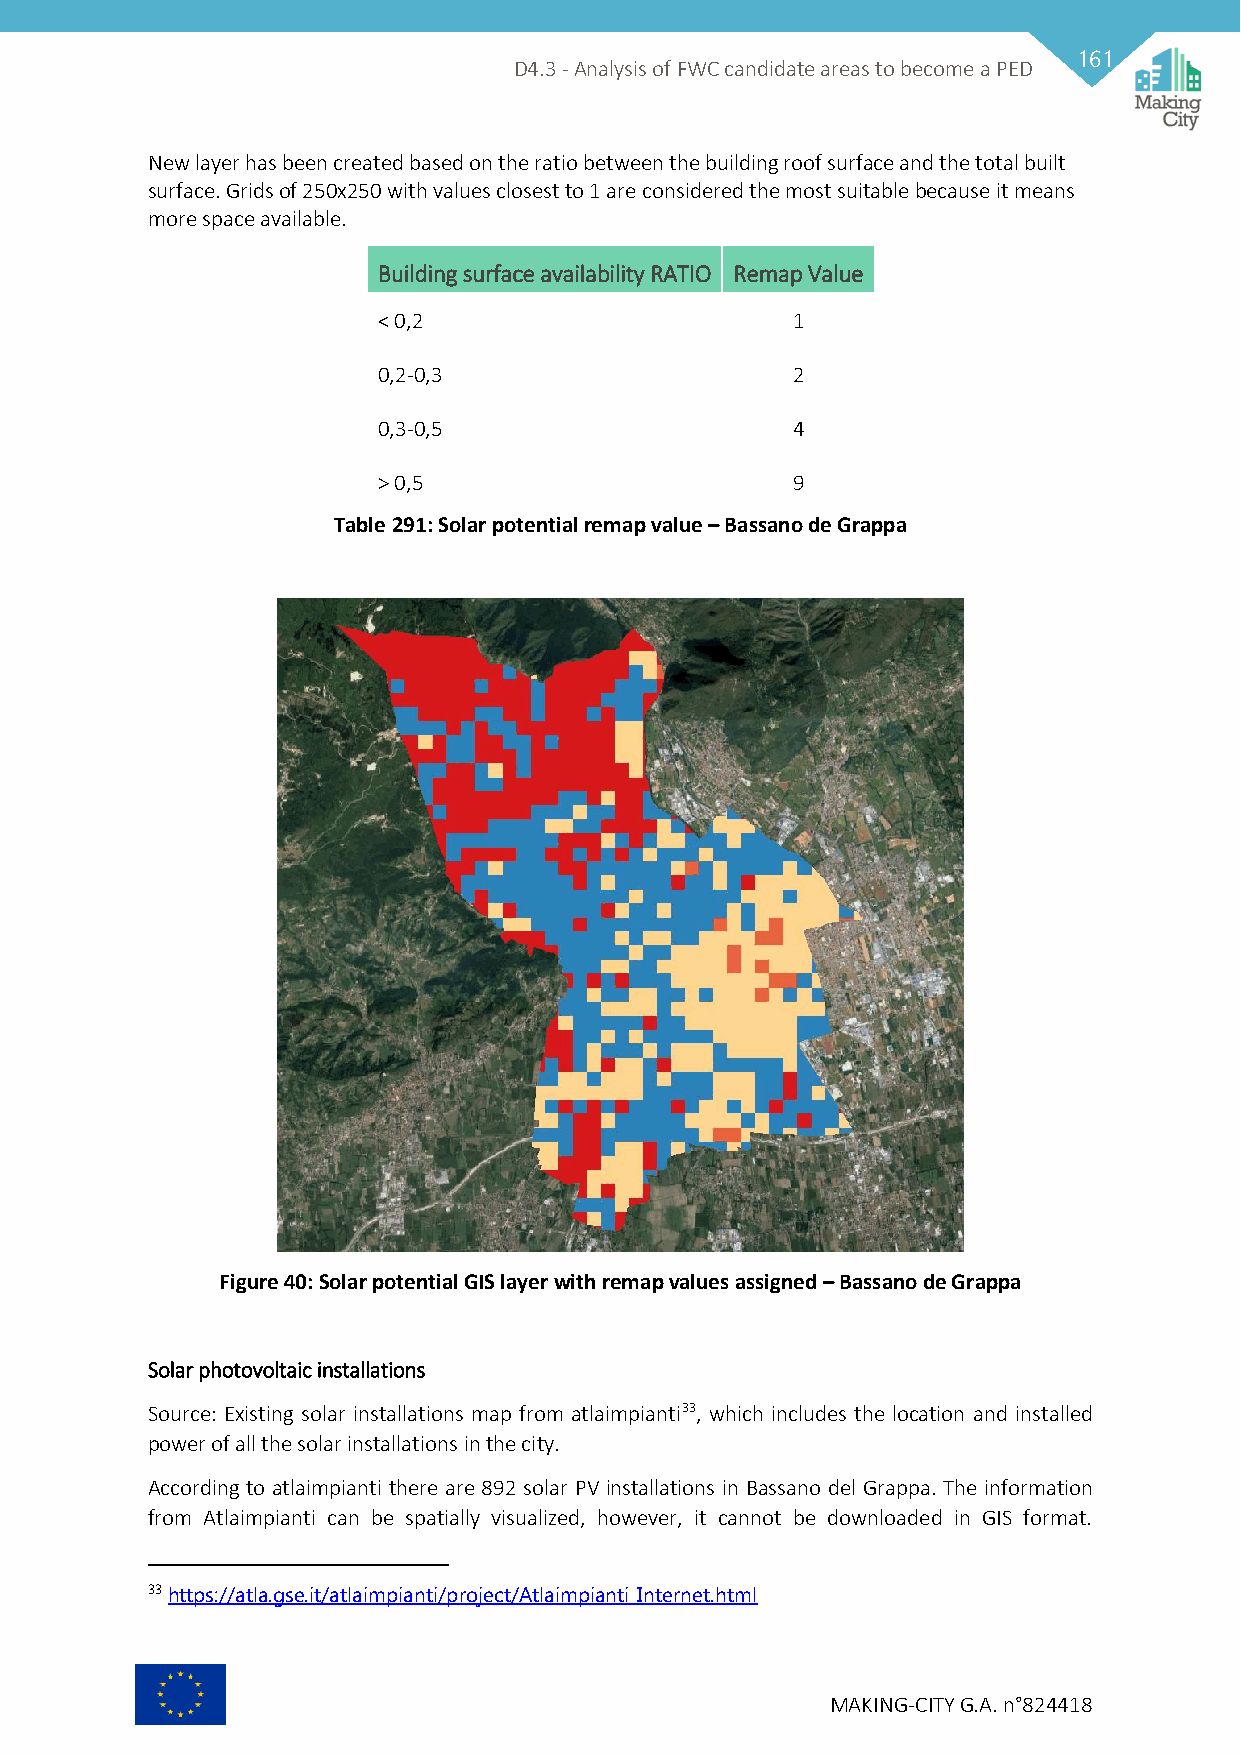
161
 D4.3 - Analysis of FWC candidate areas to become a PED
 New layer has been created based on the ratio between the building roof surface and the total built
 surface. Grids of 250x250 with values closest to 1 are considered the most suitable because it means
 more space available.
 Building surface availability RATIO Remap Value
 < 0,2                      1
 0,2-0,3                    2
 0,3-0,5                    4
 > 0,5                      9
 Table 291: Solar potential remap value – Bassano de Grappa
 Figure 40: Solar potential GIS layer with remap values assigned – Bassano de Grappa
 Solar photovoltaic installations
 Source: Existing solar installations map from atlaimpianti33, which includes the location and installed
 power of all the solar installations in the city.
 According to atlaimpianti there are 892 solar PV installations in Bassano del Grappa. The information
 from Atlaimpianti can be spatially visualized, however, it cannot be downloaded in GIS format.
 33 https://atla.gse.it/atlaimpianti/project/Atlaimpianti_Internet.html
 MAKING-CITY G.A. n°824418